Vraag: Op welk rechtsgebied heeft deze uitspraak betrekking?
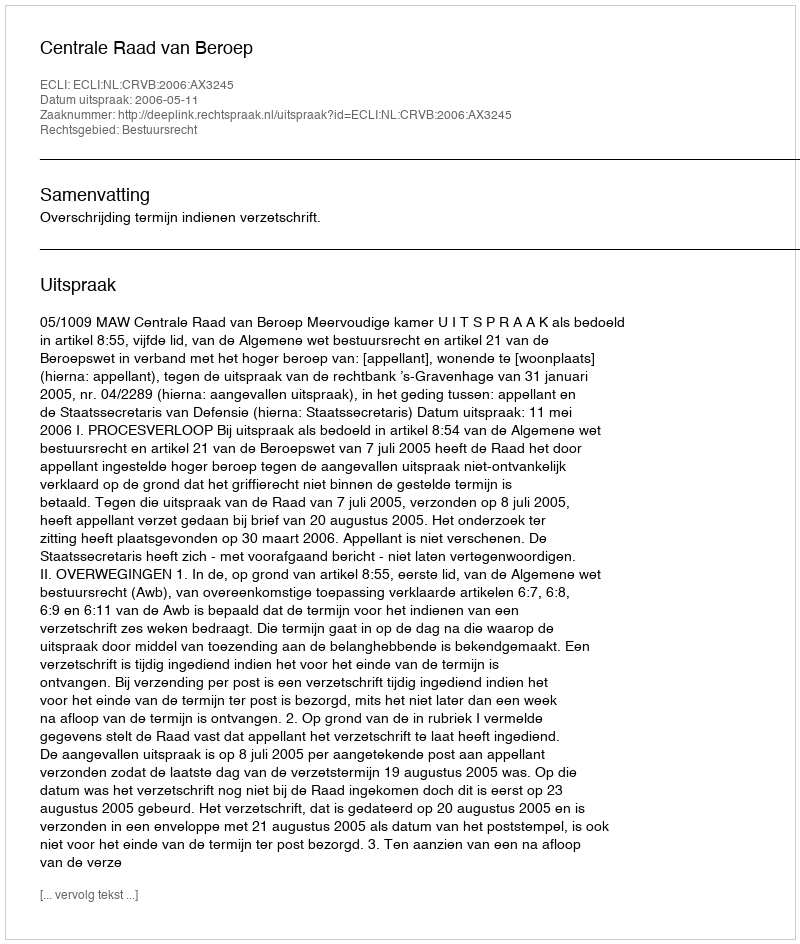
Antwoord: Bestuursrecht